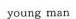
young man